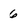
Character: 6